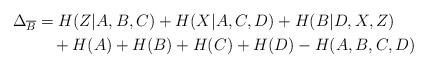
LaTeX: \begin{align*} \Delta_{\overline{B}} &= H(Z|A,B,C) + H(X|A,C,D) + H(B|D,X,Z)\\ &\ \ \ + H(A) + H(B) + H(C) + H(D) - H(A,B,C,D)\end{align*}